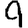
Digit: 9